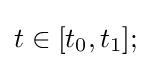
t\in [t_{0},t_{1}];